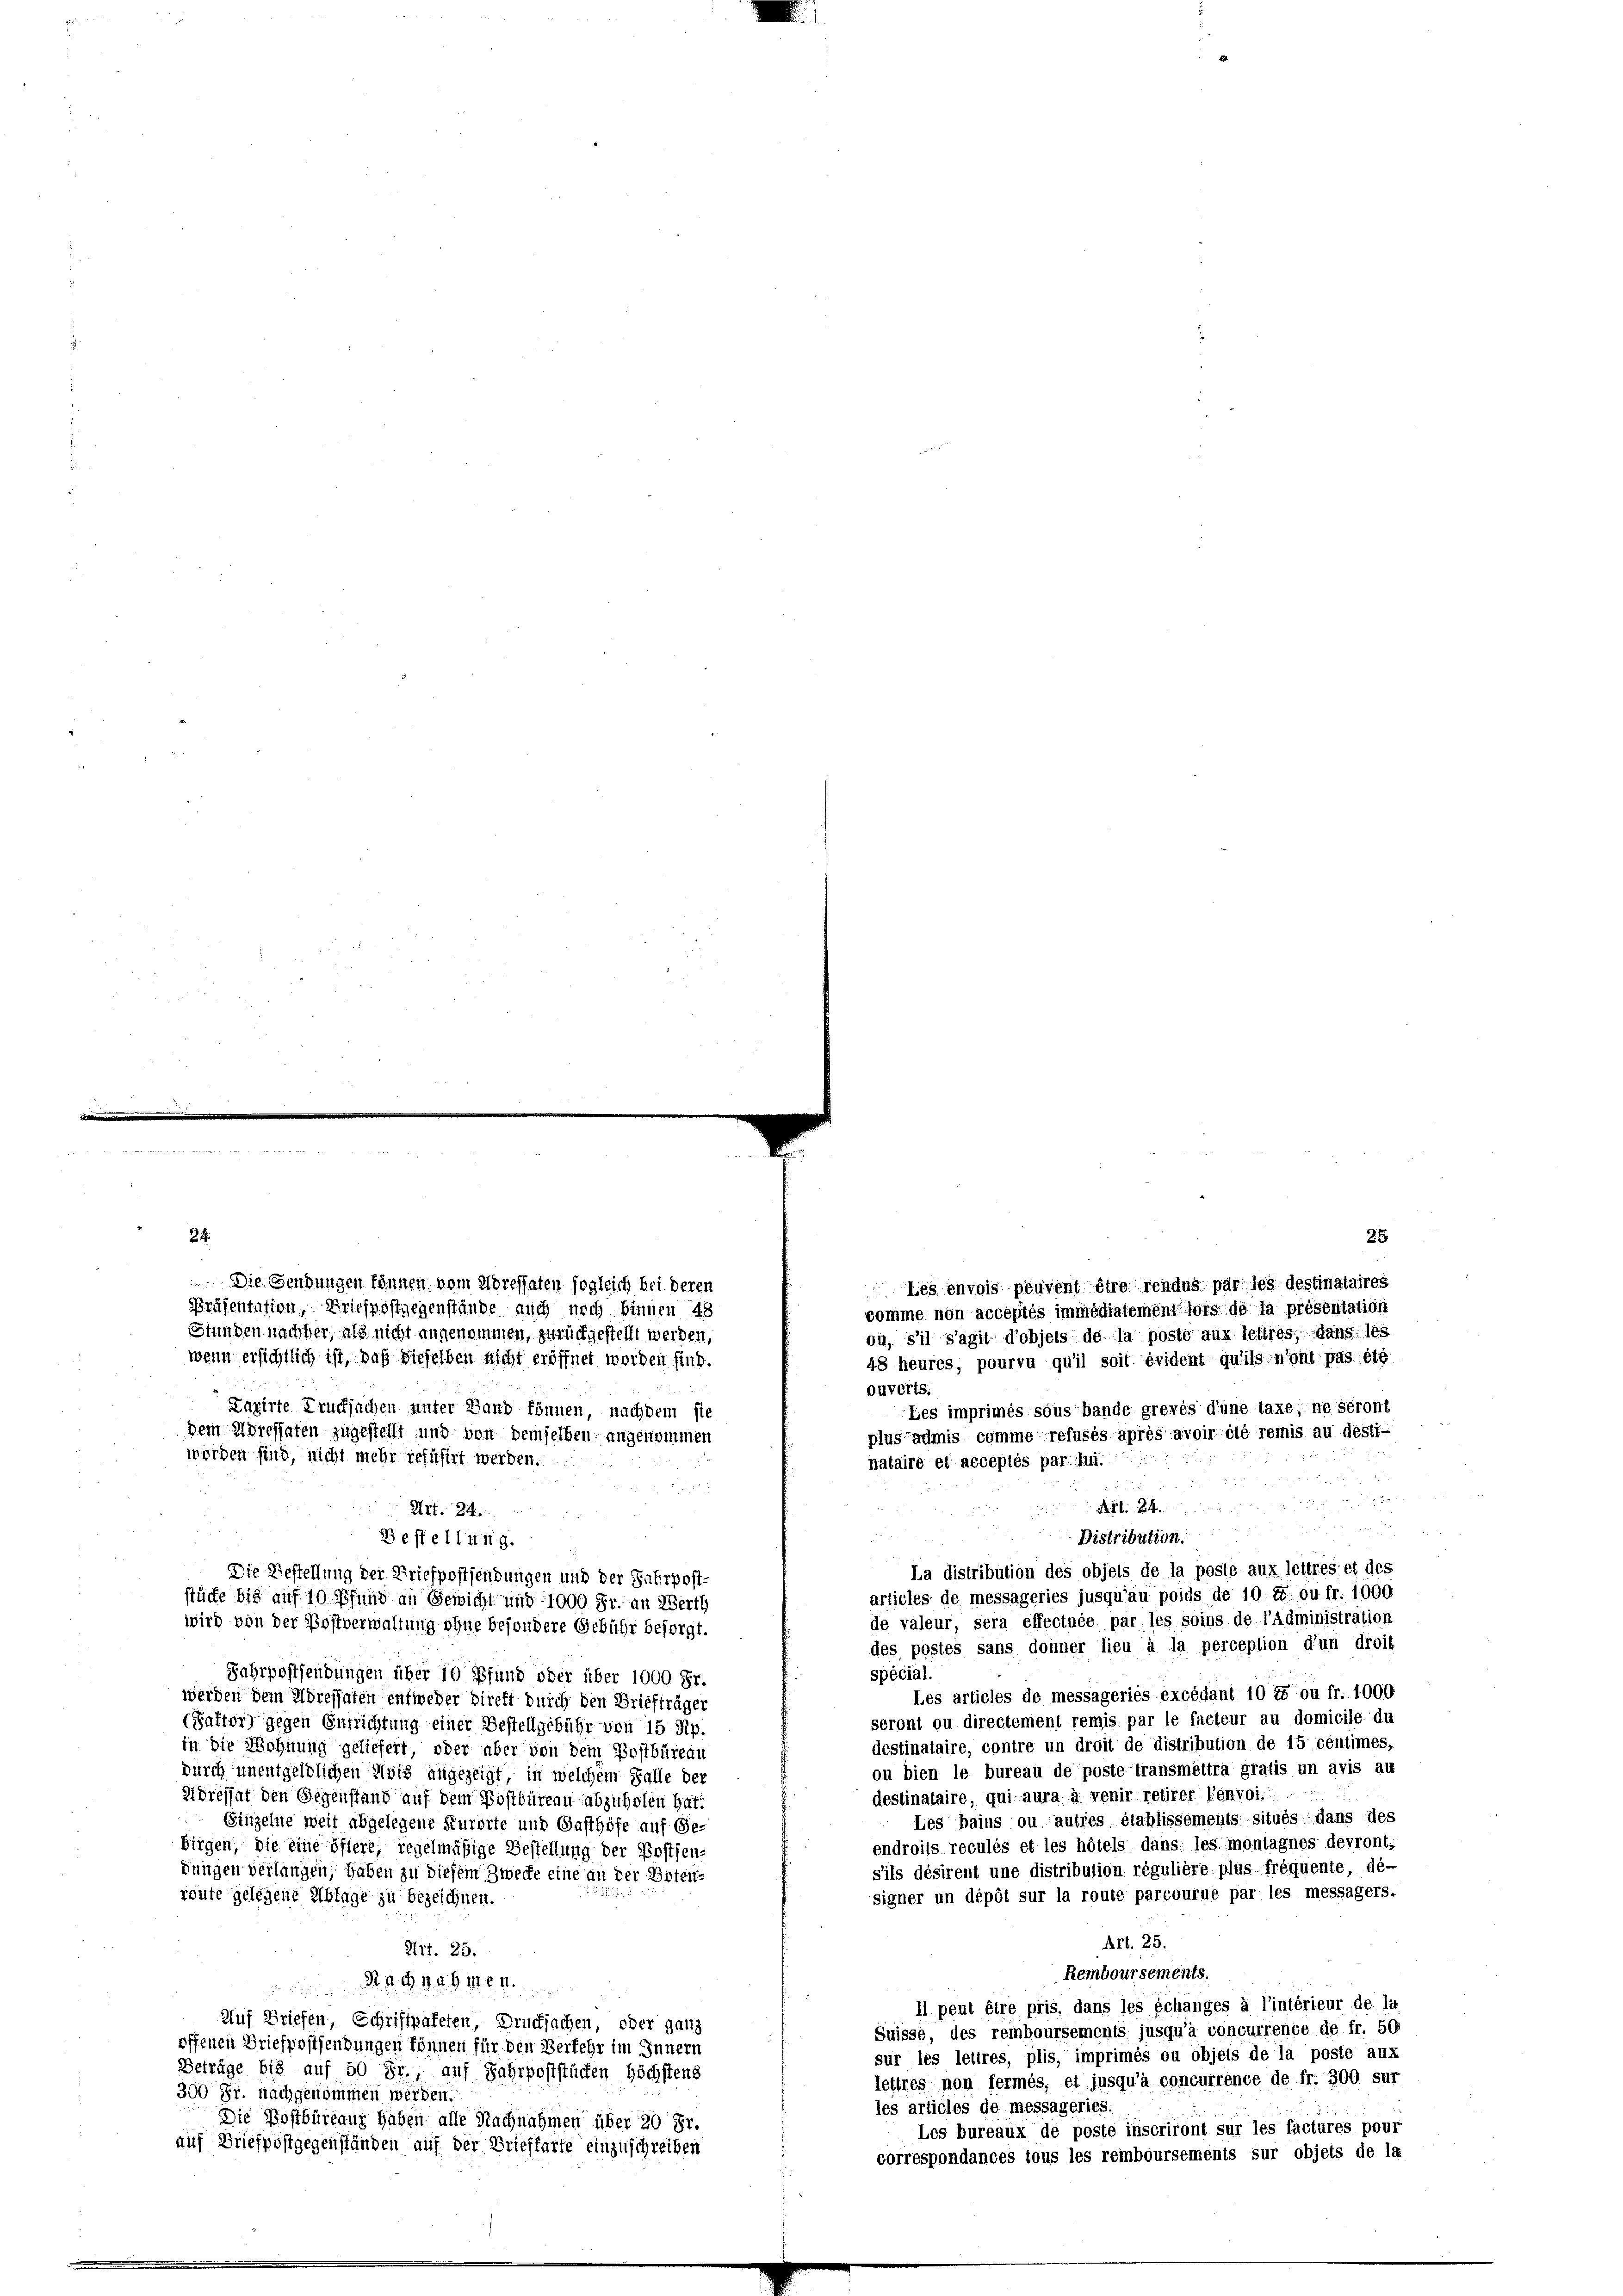
Die Sendungen können vom Adressaten sogleich bei deren
Präsentation, Briefpostgegenstände auch noch binnen 48

Bestellung.

24.
25
comme non acceptés immédiatement fors de la présentation
Stunden nachher, als nicht angenommen, zurückgestellt werden,
ou, s’il s’agit d’objets de la poste aux lettres, dans les
wenn ersichtlich ist, daß dieselben nicht eröffnet worden sind.
48 heures, pourvu qu’il soit évident qu’ils n’ont pas eig
ouverts.
Kazirte Drucksachen sinter Land können, nachdem sie
Les imprimés sous bande grevés d’une taxe, ne seront
dem Adressaten zugestellt und von demselben angenommen
plus admis comme refusés après avoir été remis au desti-
worden sind, nicht mehr refüsirt werden.
nataire et acceptés par lui.
2
i
d
Art. 24.
Art. 24.

n
2 x
28
Distribution.
La distribution des objets de la poste aux lettres et des
Die Bestellung der Briefpostsendungen und der Fahrpost-
articles de messageries jusqu’au poids de 10. u ou fr. 1000
stücke bis auf 10 Pfund an Gewicht und 1000 Fr. an Werth
de valeur, sera éffectuée par les soins de l’administration
wird von der Postverwaltung ohne besondere Gebühr besorgt.
des postes sans donner lieu à la perception d’un droit
spécial.
Jahrpostsendungen über 10 Pfund oder über 1000 Fr.
Les articles de messageriés excédant 10 t ou fr. 1000
werden dem Adressaten entweder direkt durch den Briefträger
seront ou directement remis par le facteur au domicile du
(Saftor) gegen Entrichtung einer Bestellgebühr von 15 Rp
destinataire, contre un droit de distribution de 15 centimes,
in die Wohnung geliefert, oder aber von dem Postbüreau
ou bien le bureau de poste transmeitra gratis un avis au
durch unentgeldlichen Avis angezeigt, in welchem Falle der
deslinataire, qui aura à venir retirer Penvoi.
Körefhat den Gegenstand auf dem Postbüreau abzuholen hat.
Les bains ou autres blablissements situés dans des
Einzelne weit abgelegene Kurorte und Gasthöfe auf Ge-
endroits reculés et les hötels dans les montagnes devront;
birgen, die eine öftere, regelmäßige Bestellung der Postfen-
sils désirent une distribution régulière plus frequente dé-
dungen verlangen, haben zu diesem Zwecke eine an der Boten
signer un dépôt sur la route parcourue par les messagers.
route gelegene Ablage zu bezeichnen.
Art. 25.
Art. 25.
Remboursements,
Nachnahmen
Il peut être pris, dans les échanges à l’intérieur de la
Auf Briefen Schriftpafeten, Drucksachen, oder ganz
Suisse, des remboursements jusqu’à concurrence de fr. 50
offenen Briefpostsendungen können für den Verkehr im Innern
sur les lettres, plis, imprimés ou objets de la poste aux
Beträge bis auf 50 Fr., auf Jahrpoststücken höchstens
lettres non fermés, et jusqu’à concurrence de fr. 300 sur
300 Fr. nachgenommen werden.
les articles de messageries.
Die Postbüreaus haben alle Nachnahmen über 20 Fr.
Les bureaux de poste inscriront sur les factures pour
auf Briefpostgegenständen auf der Brieffarte einzuschreiben
correspondances tous les remboursements sur objets de la

Les envois peuvent être rendus par les destinataires